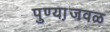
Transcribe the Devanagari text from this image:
पुण्या़जवळ